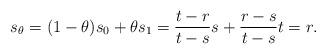
LaTeX: \begin{align*} s_{\theta}=(1-\theta)s_0+\theta s_1=\frac{t-r}{t-s}s+\frac{r-s}{t-s}t=r. \end{align*}